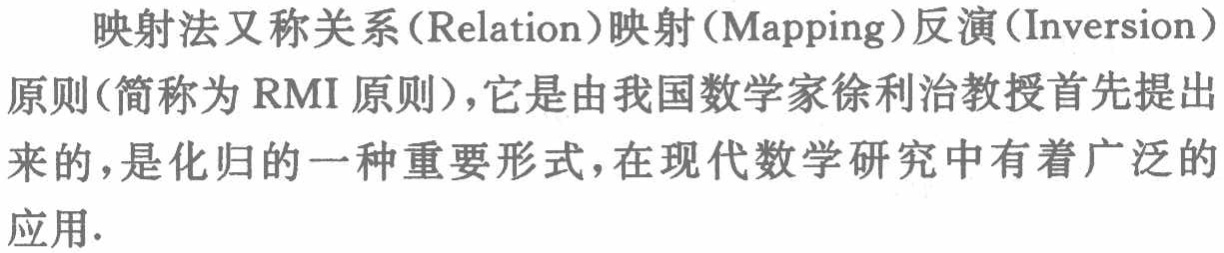
映射法又称关系(Relation)映射(Mapping)反演(Inversion)原则(简称为RMI原则)，它是由我国数学家徐利治教授首先提出来的，是化归的一种重要形式，在现代数学研究中有着广泛的应用.